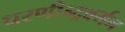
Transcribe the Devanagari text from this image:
धरणीन्द्रवर्मन